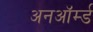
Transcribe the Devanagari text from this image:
अनऑर्म्ड